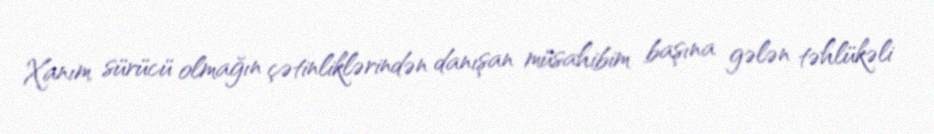
Xanım sürücü olmağın çətinliklərindən danışan müsahibim başına gələn təhlükəli